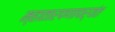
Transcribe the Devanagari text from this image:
म्हातारपणापर्यंत